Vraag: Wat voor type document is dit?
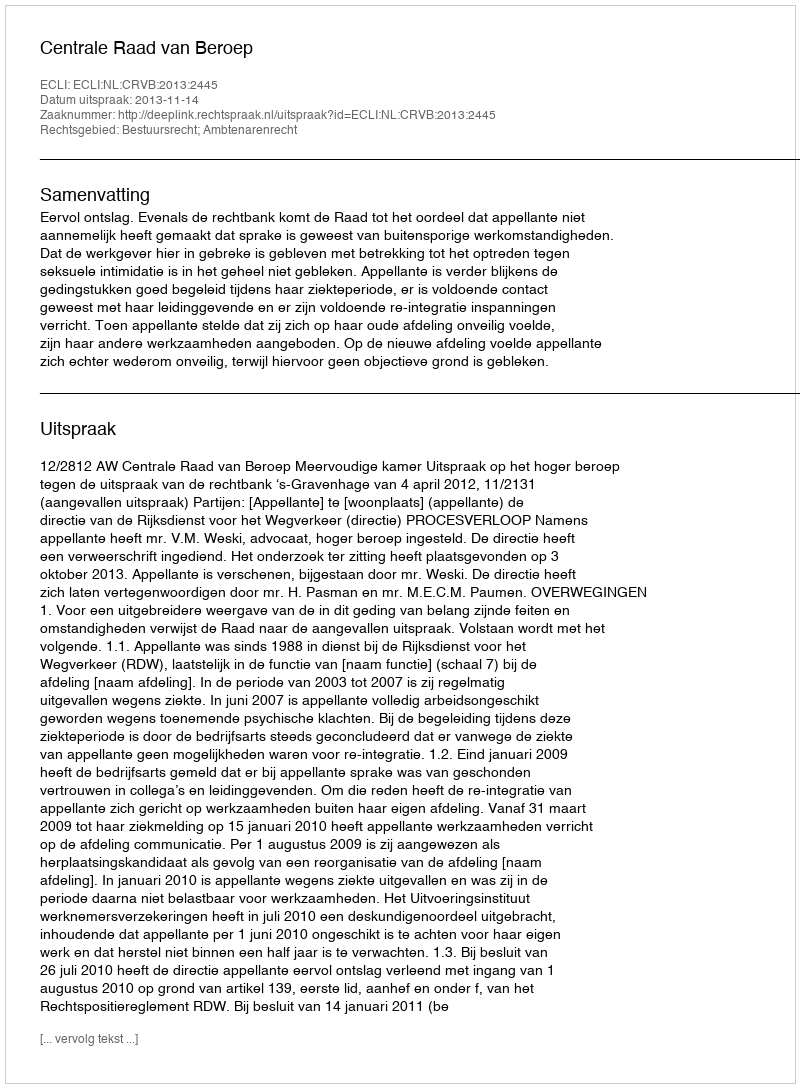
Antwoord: Uitspraak